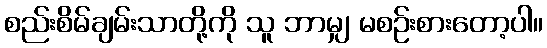
စည်းစိမ်ချမ်းသာတို့ကို သူ ဘာမျှ မစဉ်းစားတော့ပါ။